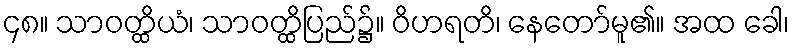
၄၈။ သာဝတ္ထိယံ၊ သာဝတ္ထိပြည်၌။ ဝိဟရတိ၊ နေတော်မူ၏။ အထ ခေါ၊